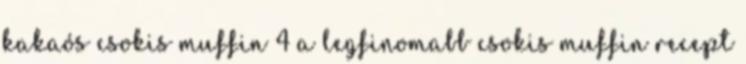
kakaós csokis muffin 4 a legfinomabb csokis muffin recept